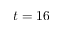
t = 1 6